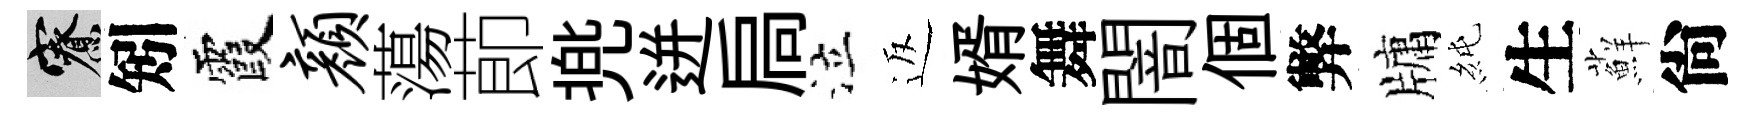
寮矧霞颜蕩莭兠迸扃泣返婿舞闇個弊牗純生蘚尙